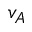
v _ { A }